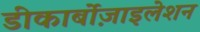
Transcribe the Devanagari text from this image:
डीकार्बोज़ाइलेशन